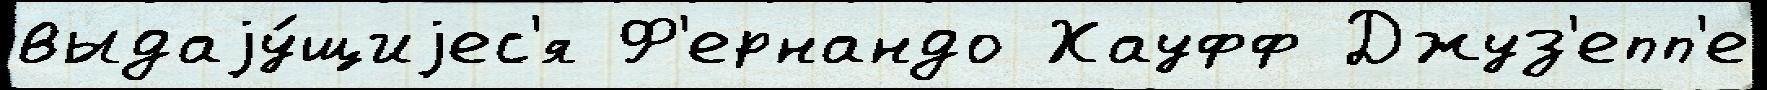
выдаjу́щиjес'я Ф'ернандо Хауфф Джуз'епп'е